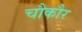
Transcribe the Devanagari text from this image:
चौकौर